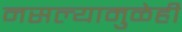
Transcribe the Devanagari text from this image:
नसल्यामुळेही